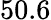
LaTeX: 50.6